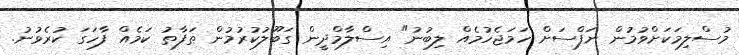
މުސްލިމަކަށްވުމުން ނަފްސަށް ހަމަޖެހުމެއް ލިބުނު" އިސްލާމްދީން ގަބޫލުކުރުމުން ތަފާތު ކަމެއް ފާހަގަ ކުރެވުނު.